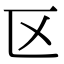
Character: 区